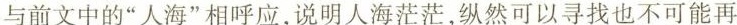
与前文中的“人海”相呼应，说明人海茫茫，纵然可以寻找也不可能再